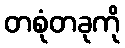
တစုံတခုကို